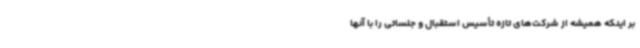
بر اینکه همیشه از شرکت‌های تازه تأسیس استقبال و جلساتی را با آنها